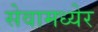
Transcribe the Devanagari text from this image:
सेवामध्येर